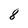
Character: 8